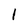
Character: 1